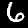
Digit: 6